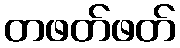
တဖတ်ဖတ်